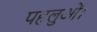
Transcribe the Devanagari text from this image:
पहलुओं।